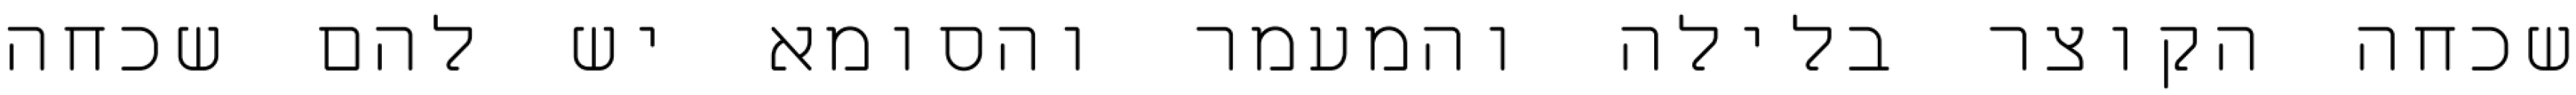
שכחה הקוצר בלילה והמעמר והסומא יש להם שכחה